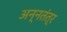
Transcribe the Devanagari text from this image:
अन्नतंत्र